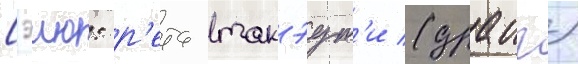
Сэию: р'ета такэут'и (драиг)